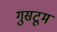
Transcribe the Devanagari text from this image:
गुसटूम